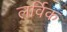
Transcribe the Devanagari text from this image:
लर्विक